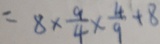
= 8 \times \frac { 9 } { 4 } \times \frac { 4 } { 9 } + 8